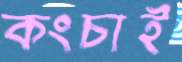
কংচাই